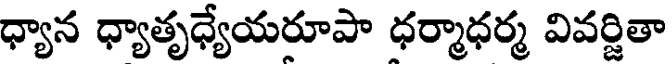
ధ్యాన ధ్యాతృధ్యేయరూపా ధర్మాధర్మ వివర్జితా